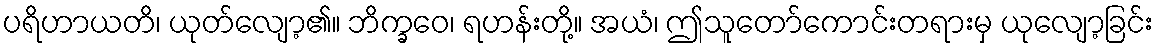
ပရိဟာယတိ၊ ယုတ်လျော့၏။ ဘိက္ခဝေ၊ ရဟန်းတို့။ အယံ၊ ဤသူတော်ကောင်းတရားမှ ယုလျော့ခြင်း